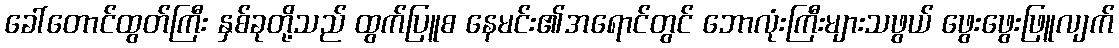
ခေါ်တောင်ထွတ်ကြီး နှစ်ခုတို့သည် ထွက်ပြူစ နေမင်း၏အရောင်တွင် ဘောလုံးကြီးများသဖွယ် ဖွေးဖွေးဖြူလျက်